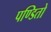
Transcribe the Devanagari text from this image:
पण्डितो